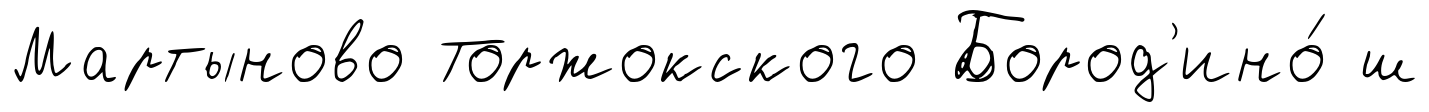
Мартыново Торжокского Бород'ино́ ш